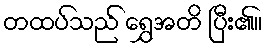
တထပ်သည် ရွှေအတိ ပြီး၏။